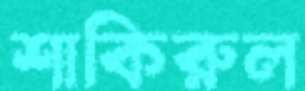
শাকিরুল